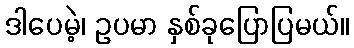
ဒါပေမဲ့၊ ဥပမာ နှစ်ခုပြောပြမယ်။